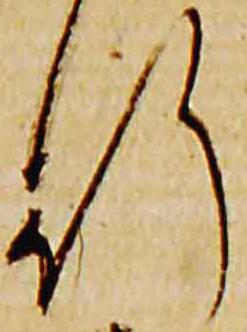
行